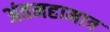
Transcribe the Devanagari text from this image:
अंतमहामात्र